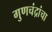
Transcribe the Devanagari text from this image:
गुणचंद्रांचा